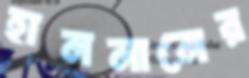
হাননানের